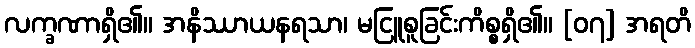
လက္ခဏာရှိ၏။ အနိဿာယနရသာ၊ မငြူစူခြင်းကိစ္စရှိ၏။ [၀၇] အရတိ